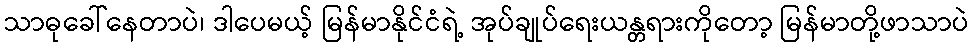
သာဓုခေါ်နေတာပဲ၊ ဒါပေမယ့် မြန်မာနိုင်ငံရဲ့ အုပ်ချုပ်ရေးယန္တရားကိုတော့ မြန်မာတို့ဖာသာပဲ